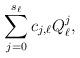
LaTeX: \begin{align*}\sum\limits_{j=0}^{s_\ell }c_{j,\ell}Q_\ell ^j,\end{align*}